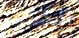
الكثير